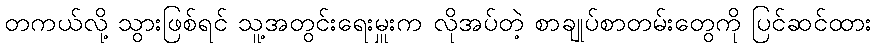
တကယ်လို့ သွားဖြစ်ရင် သူ့အတွင်းရေးမှူးက လိုအပ်တဲ့ စာချုပ်စာတမ်းတွေကို ပြင်ဆင်ထား